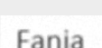
Fania